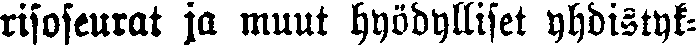
risoseurat ja muut hyödylliset yhdistyk-